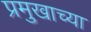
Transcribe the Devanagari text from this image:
प्रमुखाच्या